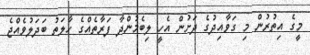
މީގެ އިތުރުން މި ގަވާއިދުގެ ދަށުން އެހީ ލިބެމުންދާ ފަރާތެއްގެ ހާލަތު ބަދަލުވެއްޖެ